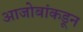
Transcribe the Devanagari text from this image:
आजोबांकडून